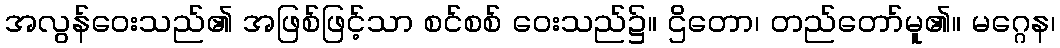
အလွန်ဝေးသည်၏ အဖြစ်ဖြင့်သာ စင်စစ် ဝေးသည်၌။ ဌိတော၊ တည်တော်မူ၏။ မဂ္ဂေန၊